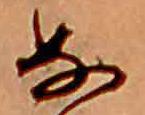
な